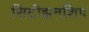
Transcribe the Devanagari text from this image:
सिटीझनशिप